Indian journal of veterinary science and animal husbandry - Volume 11,
Year: 1941
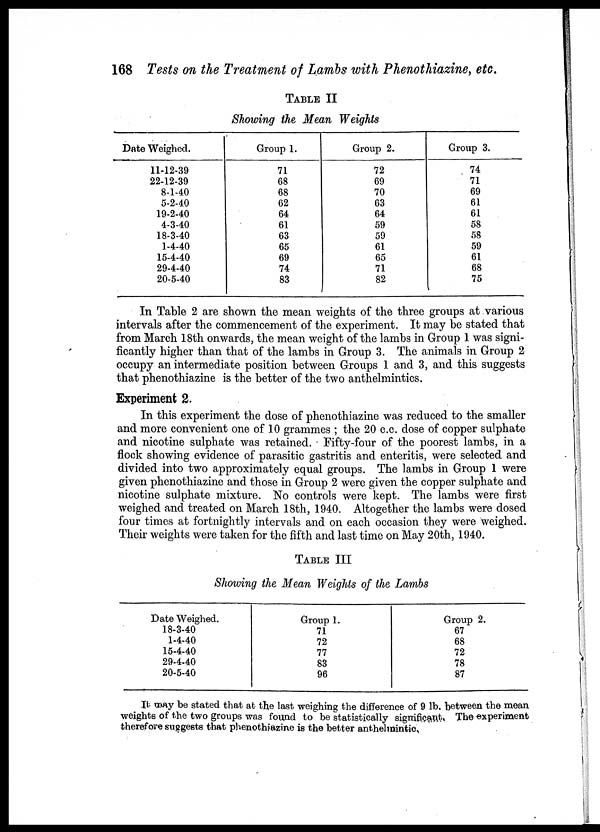
168 Tests on the Treatment of Lambs with Phenothiazine, etc.
TABLE II
Showing the Mean Weights
Date Weighed.
11-12-39
22-12-39
8-1-40
5-2-40
19-2-40
4-3-40
18-3-40
1-4-40
15-4-40
29-4-40
20-5-40
Group 1.
71
68
68
62
64
61
63
65
69
74
83
Group 2.
72
69
70
63
64
59
59
61
65
71
82
Group 3.
74
71
69
61
61
58
58
59
61
68
75
In Table 2 are shown the mean weights of the three groups at various
intervals after the commencement of the experiment. It may be stated that
from March 18th onwards, the mean weight of the lambs in Group 1 was signi-
ficantly higher than that of the lambs in Group 3. The animals in Group 2
occupy an intermediate position between Groups 1 and 3, and this suggests
that phenothiazine is the better of the two anthelmintics.
Experiment 2.
In this experiment the dose of phenothiazine was reduced to the smaller
and more convenient one of 10 grammes ; the 20 c.c. dose of copper sulphate
and nicotine sulphate was retained. Fifty-four of the poorest lambs, in a
flock showing evidence of parasitic gastritis and enteritis, were selected and
divided into two approximately equal groups. The lambs in Group 1 were
given phenothiazine and those in Group 2 were given the copper sulphate and
nicotine sulphate mixture. No controls were kept. The lambs were first
weighed and treated on March 18th, 1940. Altogether the lambs were dosed
four times at fortnightly intervals and on each occasion they were weighed.
Their weights were taken for the fifth and last time on May 20th, 1940.
TABLE III
Showing the Mean Weights of the Lambs
Date Weighed.
18-3-40
1-4-40
15-4-40
29-4-40
20-5-40
Group 1.
71
72
77
83
96
Group 2.
67
68
72
78
87
It may be stated that at the last weighing the difference of 9 lb. between the mean
weights of the two groups was found to be statistically significant. The experiment
therefore suggests that phenothiazine is the better anthelmintic,